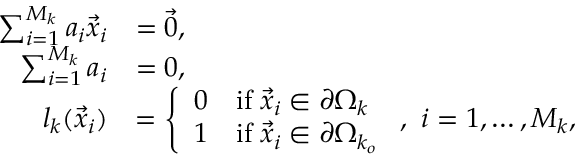
\begin{array} { r l } { \sum _ { i = 1 } ^ { M _ { k } } a _ { i } \vec { x } _ { i } } & { = \vec { 0 } , } \\ { \sum _ { i = 1 } ^ { M _ { k } } a _ { i } } & { = 0 , } \\ { l _ { k } ( \vec { x } _ { i } ) } & { = \left\{ \begin{array} { l l } { 0 } & { \mathrm { i f } \; \vec { x } _ { i } \in \partial \Omega _ { k } } \\ { 1 } & { \mathrm { i f } \; \vec { x } _ { i } \in \partial \Omega _ { k _ { o } } } \end{array} \right. , \, \, i = 1 , \dots , M _ { k } , } \end{array}